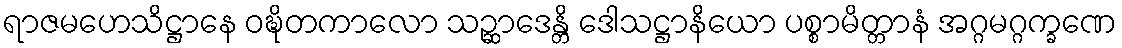
ရာဇမဟေသိဋ္ဌာနေ ဝဍ္ဎိတကာလော သဉ္ဆာဒေန္တိ ဒေါသဋ္ဌာနိယော ပစ္စာမိတ္တာနံ အဂ္ဂမဂ္ဂက္ခဏေ